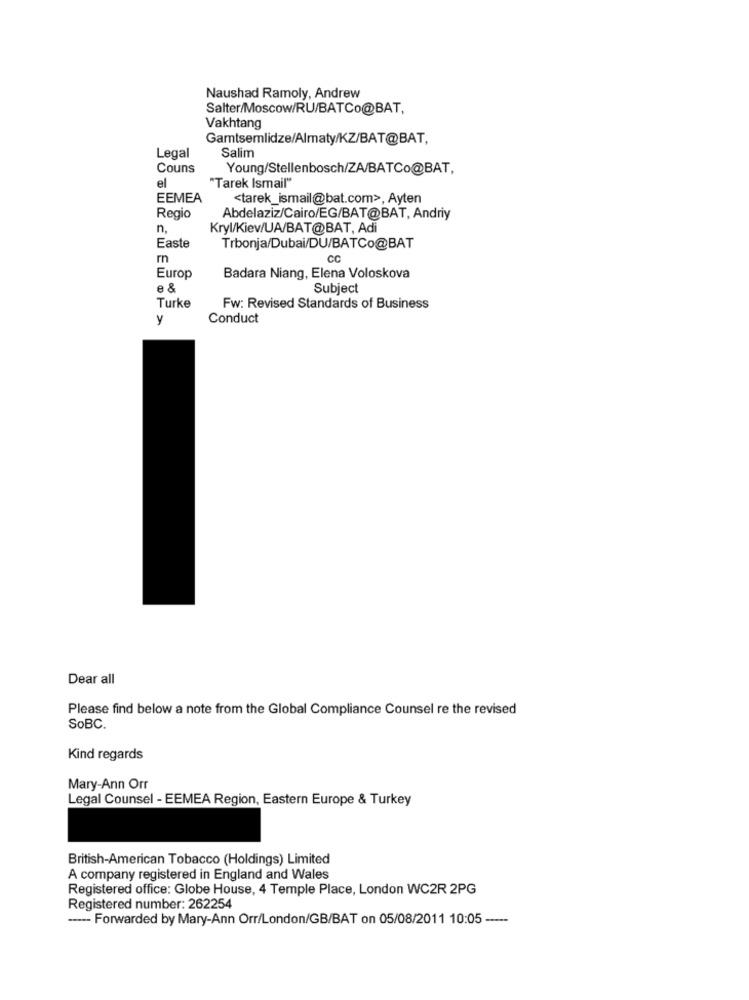
Naushad Ramoly, Andrew
Salter/Moscow/RU/BATCo@BAT,
Vakhtang
Gamtsemlidze/Almaty/KZ/BAT@BAT,
Salim
Legal
Couns
Young/Stellenbosch/ZA/BATCo@BAT,
el
"Tarek Ismail"
EEMEA
<tarek_ismail@bat.com>, Ayten
Regio
Abdelaziz/Cairo/EG/BAT@BAT, Andriy
n.
Kryl/Kiev/UA/BAT@BAT, Adi
Easte
Trbonja/Dubai/DU/BATCo@BAT
CC
Europ
Badara Niang, Elena Voloskova
3 8
Subject
Turke
Fw: Revised Standards of Business
y
Conduct
Dear all
Please find below a note from the Global Compliance Counsel re the revised
SoBC.
Kind regards
Mary-Ann Orr
Legal Counsel - EEMEA Region, Eastern Europe & Turkey
British-American Tobacco (Holdings) Limited
A company registered in England and Wales
Registered office: Globe House, 4 Temple Place, London WC2R 2PG
Registered number: 262254
---- Forwarded by Mary-Ann Orr/London/GB/BAT on 05/08/2011 10:05 -----